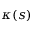
\kappa ( s )